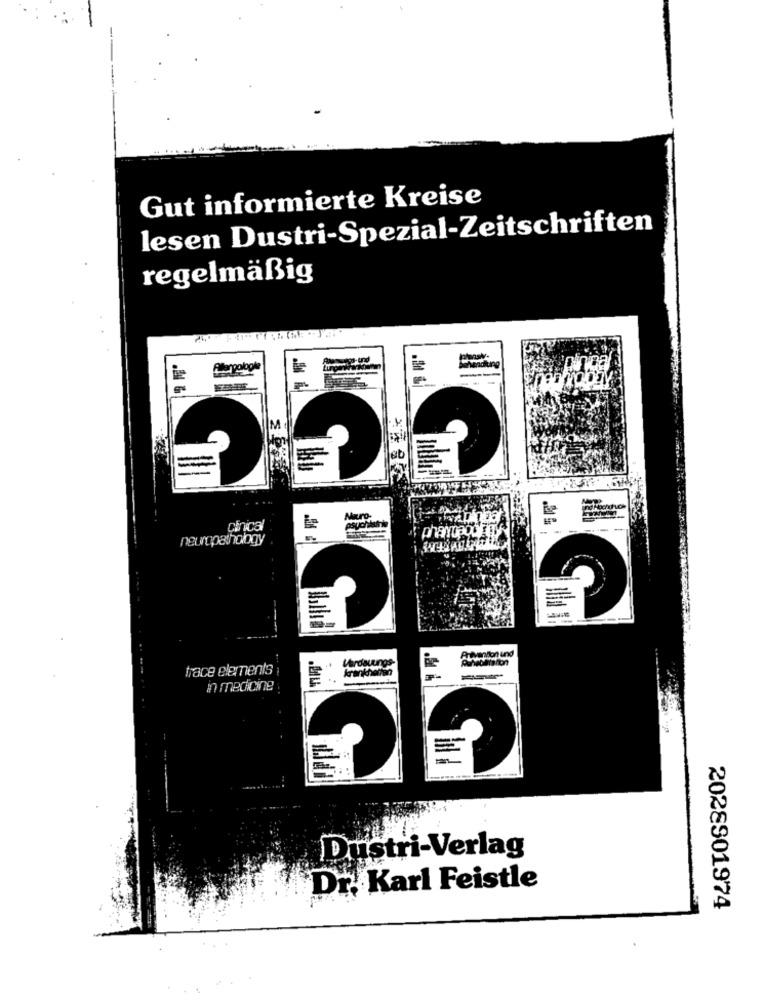
Gut informierte Kreise
lesen Dustri-Spezial-Zeitschriften
regelmäßig
ical
IM
=
cinica
-
neuropathology
=
trace elements
Verdauungs-
in medicine
Dustri-Verlag
Dr. Karl Feistle
2028901974